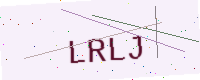
Text: LRLJ